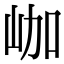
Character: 𡶐